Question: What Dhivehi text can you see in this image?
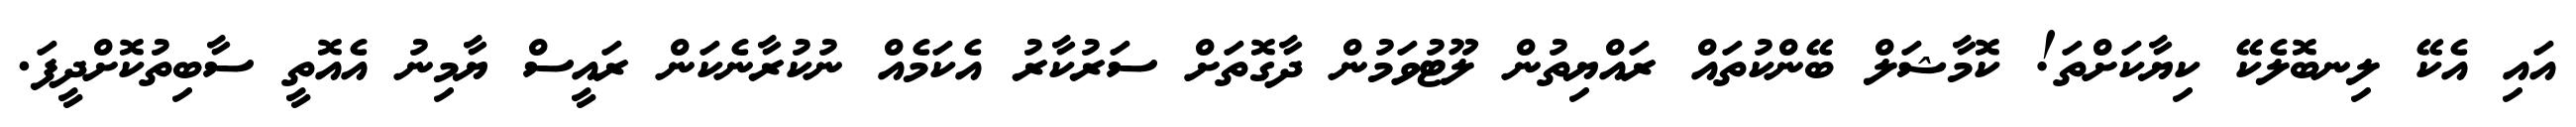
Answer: އައި އެކޭ ލިނބޮލެކޭ ކިޔާކަށްތަ! ކޮމާޝަލް ބޭންކުތައް ރައްޔިތުން ލޫޓުވަމުން ދާގޮތަށް ސަރުކާރު އެކަމެއް ނުކުރާނެކަން ރައީސް ޔާމިނު އެއޮތީ ސާބިތުކޮށްދީފަ.